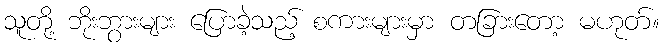
သူတို့ ဘိုးဘွားများ ပြောခဲ့သည့် စကားများမှာ တခြားတော့ မဟုတ်။